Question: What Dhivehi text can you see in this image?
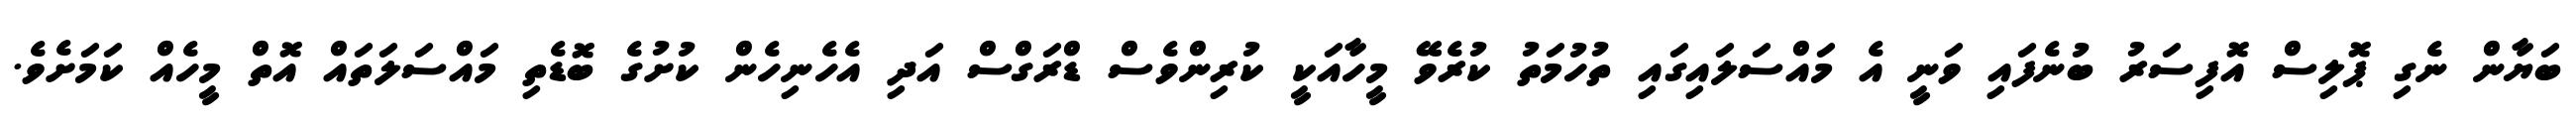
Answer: ބަޔާން ނެގި ޕޮލިސް އޮފިސަރު ބުނެފައި ވަނީ އެ މައްސަލައިގައި ތުހުމަތު ކުރެވޭ މީހާއަކީ ކުރިންވެސް ޑްރަގްސް އަދި އެހެނިހެން ކުށުގެ ބޮޑެތި މައްސަލަތައް އޮތް މީހެއް ކަމަށެވެ.